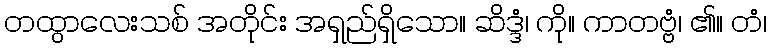
တထွာလေးသစ် အတိုင်း အရှည်ရှိသော။ ဆိဒ္ဒံ၊ ကို။ ကာတဗ္ဗံ၊ ၏။ တံ၊